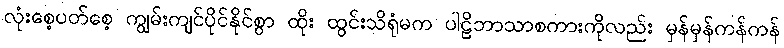
လုံးစေ့ပတ်စေ့ ကျွမ်းကျင်ပိုင်နိုင်စွာ ထိုး ထွင်းသိရုံမက ပါဠိဘာသာစကားကိုလည်း မှန်မှန်ကန်ကန်